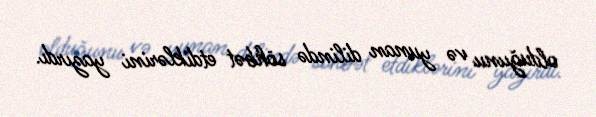
olduğunu və yunan dilində söhbət etdiklərini yazırdı.